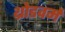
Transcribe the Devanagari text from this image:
थ्रोडवर्म